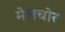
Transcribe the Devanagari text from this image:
मेलचोर